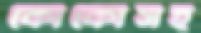
কোকোসহ